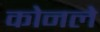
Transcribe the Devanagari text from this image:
कोनले